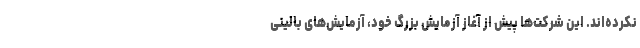
نکرده‌اند. این شرکت‌ها پیش از آغاز آزمایش بزرگ خود، آزمایش‌های بالینی